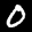
Digit: 0